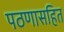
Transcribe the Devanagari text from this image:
पठणासहित